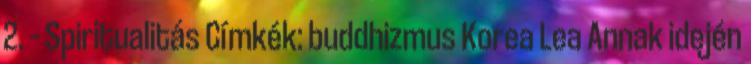
2. – Spiritualitás Címkék: buddhizmus Korea Lea Annak idején